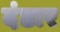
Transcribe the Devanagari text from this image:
दंडार